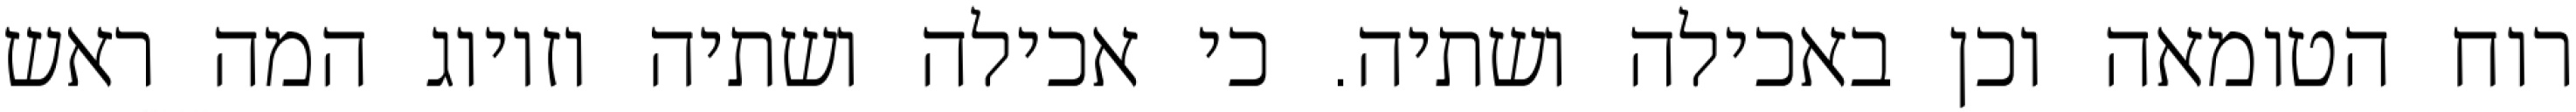
רוח הטומאה וכן באכילה ושתיה. כי אכילה ושתיה וזיווג המה ראש